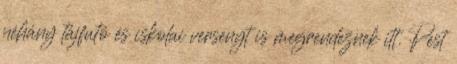
néhány tájfutó és iskolai versenyt is megrendeznek itt. Pest